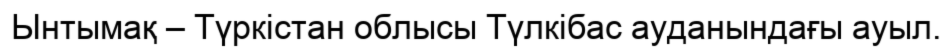
Ынтымақ – Түркістан облысы Түлкібас ауданындағы ауыл.